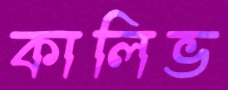
কালিভ